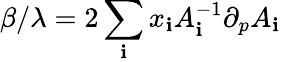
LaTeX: \beta/\lambda=2\sum_{\mathbf{i}}{x_{\mathbf{i}}}A_{\mathbf{i}}^{-1}\partial_{p}A_{\mathbf{i}}